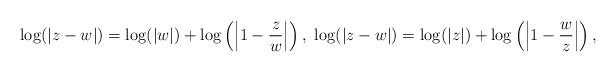
LaTeX: \begin{align*}\log(|z-w|)=\log(|w|)+\log\left(\left|1-\frac{z}w\right|\right),\ \log(|z-w|)=\log(|z|)+\log\left(\left|1-\frac{w}z\right|\right),\end{align*}